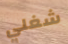
شغلي